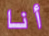
أنا